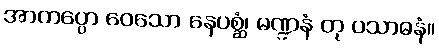
အာကပ္ပော ဝေသော နေပစ္ဆံ၊ မဏ္ဍနံ တု ပသာဓနံ။